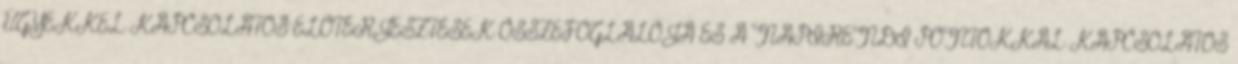
ÜGYEKKEL KAPCSOLATOS ELŐTERJESZTÉSEK ÖSSZEFOGLALÓJA ÉS A NAPIRENDI PONTOKKAL KAPCSOLATOS